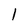
Character: 1